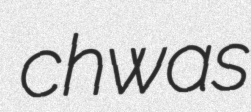
chwas